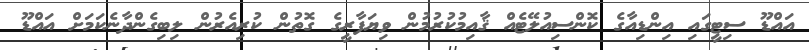
އައްޑޫ ސިޓީގައި އިންޑިއާގެ ކޮންސިއުލޭޓެއް ޤާއިމުކުރުމުން ވިޔަފާރީގެ ގޮތުން ކުރިއެރުން ލިބިގެންދާނެކަމަށް އައްޑޫ